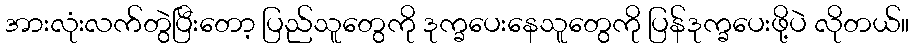
အားလုံးလက်တွဲပြီးတော့ ပြည်သူတွေကို ဒုက္ခပေးနေသူတွေကို ပြန်ဒုက္ခပေးဖို့ပဲ လိုတယ်။